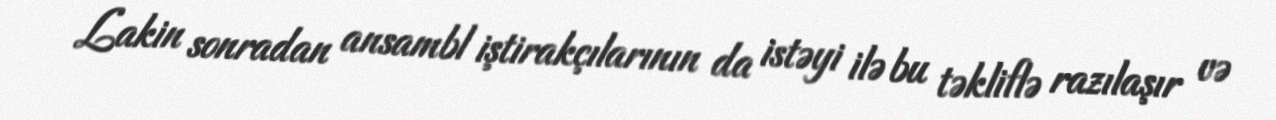
Lakin sonradan ansambl iştirakçılarının da istəyi ilə bu təkliflə razılaşır və